Annual report of the Punjab Veterinary College and of the Civil Veterinary Department, Punjab - 1926-1932
Year: 1926
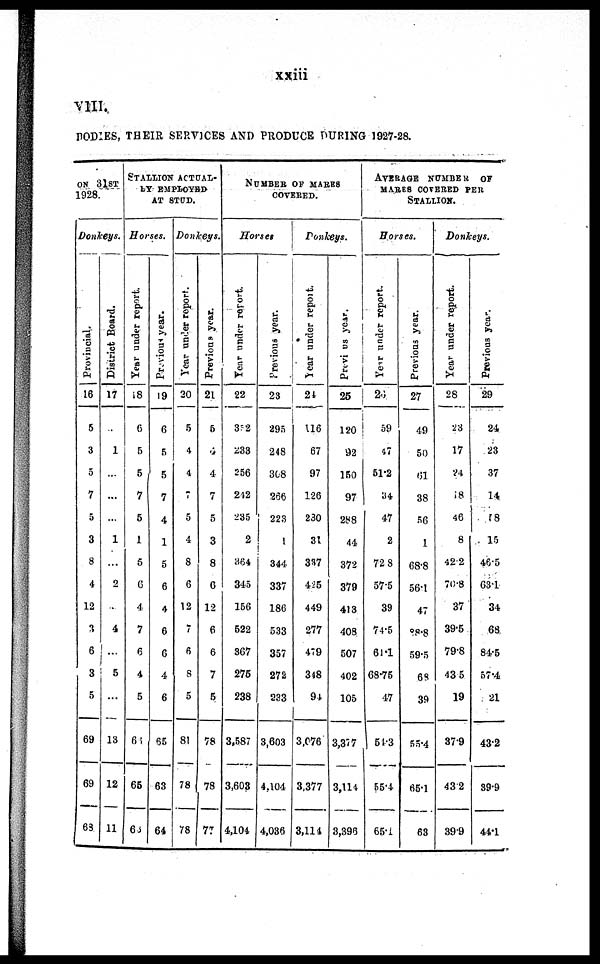
xxiii
VIII.
BODIES, THEIR SERVICES AND PRODUCE DURING 1927-28.
ON 31ST
1928.
Donkeys.
Provincial.
16
5
3
5
7
5
3
8
4
12
3
6
3
5
69
69
68
District Board.
17
...
1
...
...
...
1
...
2
...
4
...
5
...
13
12
11
STALLION
ACTUAL¬
LY EMPLOYED
AT STUD.
Horses.
Year under report.
18
6
5
5
7
5
1
5
6
4
7
6
4
5
66
65
68
Previous year.
19
6
5
5
7
4
1
5
6
4
6
6
4
6
65
63
64
Donkeys.
Year under report.
20
5
4
4
7
5
4
8
6
12
7
6
8
5
81
78
78
Previous year.
21
5
4
4
7
5
3
8
6
12
6
6
7
5
78
78
77
NUMBER
OF
MARES
COVERED.
Horses.
Year
under report.
22
352
233
556
242
235
2
364
345
156
522
367
275
238
3,587
3,603
4,104
Previous year.
23
295
248
308
266
223
1
344
337
186
533
357
272
233
3,603
4,104
4,036
Donkeys.
Year
under report.
24
116
67
97
126
230
31
337
425
449
277
479
348
94
3,076
3,377
3,114
Previous year.
25
120
92
150
97
288
44
372
379
413
408
507
402
105
3,377
3,114
3,396
AVERAGE
NUMBER
OF
MARES COVERED PER
STALLION.
Horses.
Year under report.
26
59
47
51.2
34
47
2
72.8
57.5
39
74.5
61.1
68.75
47
54.3
55.4
65.1
Previous year.
27
49
50
61
38
56
1
68.8
56.1
47
88.8
59.5
68
39
55.4
65.1
63
Donkeys.
Year under report.
28
23
17
24
18
46
8
42.2
70.8
37
39.5
79.8
43.5
19
37.9
43.2
39.9
Previous year.
29
24
23
37
14
18
15
46.5
63.1
34
68
84.5
57.4
21
43.2
39.9
44.1